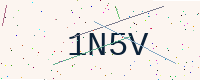
Text: 1N5V